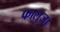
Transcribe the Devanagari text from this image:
फालुजा